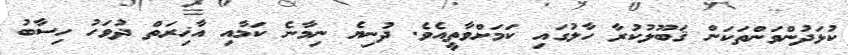
ކުޅަދުންވަންތަކަން ޤަބޫލުކުރާ ހާލުގައި ކަމަށްވާތީއެވެ. ދުނިޔެ ނިމާނެ ކަމާއި އާޚިރަތް ދުވަހު ހިސާބު